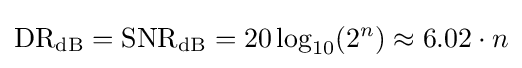
\mathrm {DR_{dB}} =\mathrm {SNR_{dB}} =20\log _{10}(2^{n})\approx 6.02\cdot n